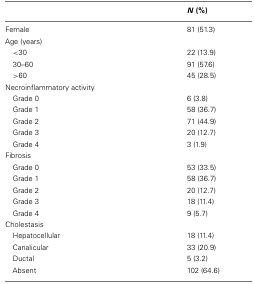
|  | N (%) |
 | --- | --- |
 | Female | 81 (51.3) |
 | Age (years) |  |
 | <30 | 22 (13.9) |
 | 30–60 | 91 (57.6) |
 | >60 | 45 (28.5) |
 | Necroinflammatory activity |  |
 | Grade 0 | 6 (3.8) |
 | Grade 1 | 58 (36.7) |
 | Grade 2 | 71 (44.9) |
 | Grade 3 | 20 (12.7) |
 | Grade 4 | 3 (1.9) |
 | Fibrosis |  |
 | Grade 0 | 53 (33.5) |
 | Grade 1 | 58 (36.7) |
 | Grade 2 | 20 (12.7) |
 | Grade 3 | 18 (11.4) |
 | Grade 4 | 9 (5.7) |
 | Cholestasis |  |
 | Hepatocellular | 18 (11.4) |
 | Canalicular | 33 (20.9) |
 | Ductal | 5 (3.2) |
 | Absent | 102 (64.6) |